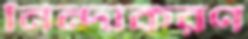
নিন্দাকরণ